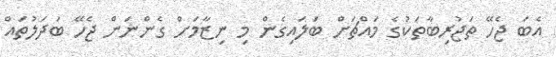
އެބަ ޖެހޭ ތަޖުރިބާތަކުގެ މައްޗަށް ބަލައިގެން މި ނިޒާމަށް ގެންނަން ޖެހޭ ބަދަލުތައް